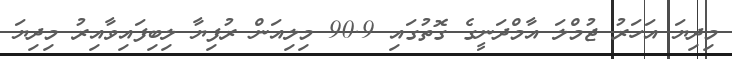
މިދިޔަ އަހަރު ޖުމްލަ އާމްދަނީގެ ގޮތުގައި 90.9 މިލިއަން ރުފިޔާ ލިބިފައިވާއިރު މިދިޔަ